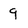
Character: 9